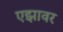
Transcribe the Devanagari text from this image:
एझावर